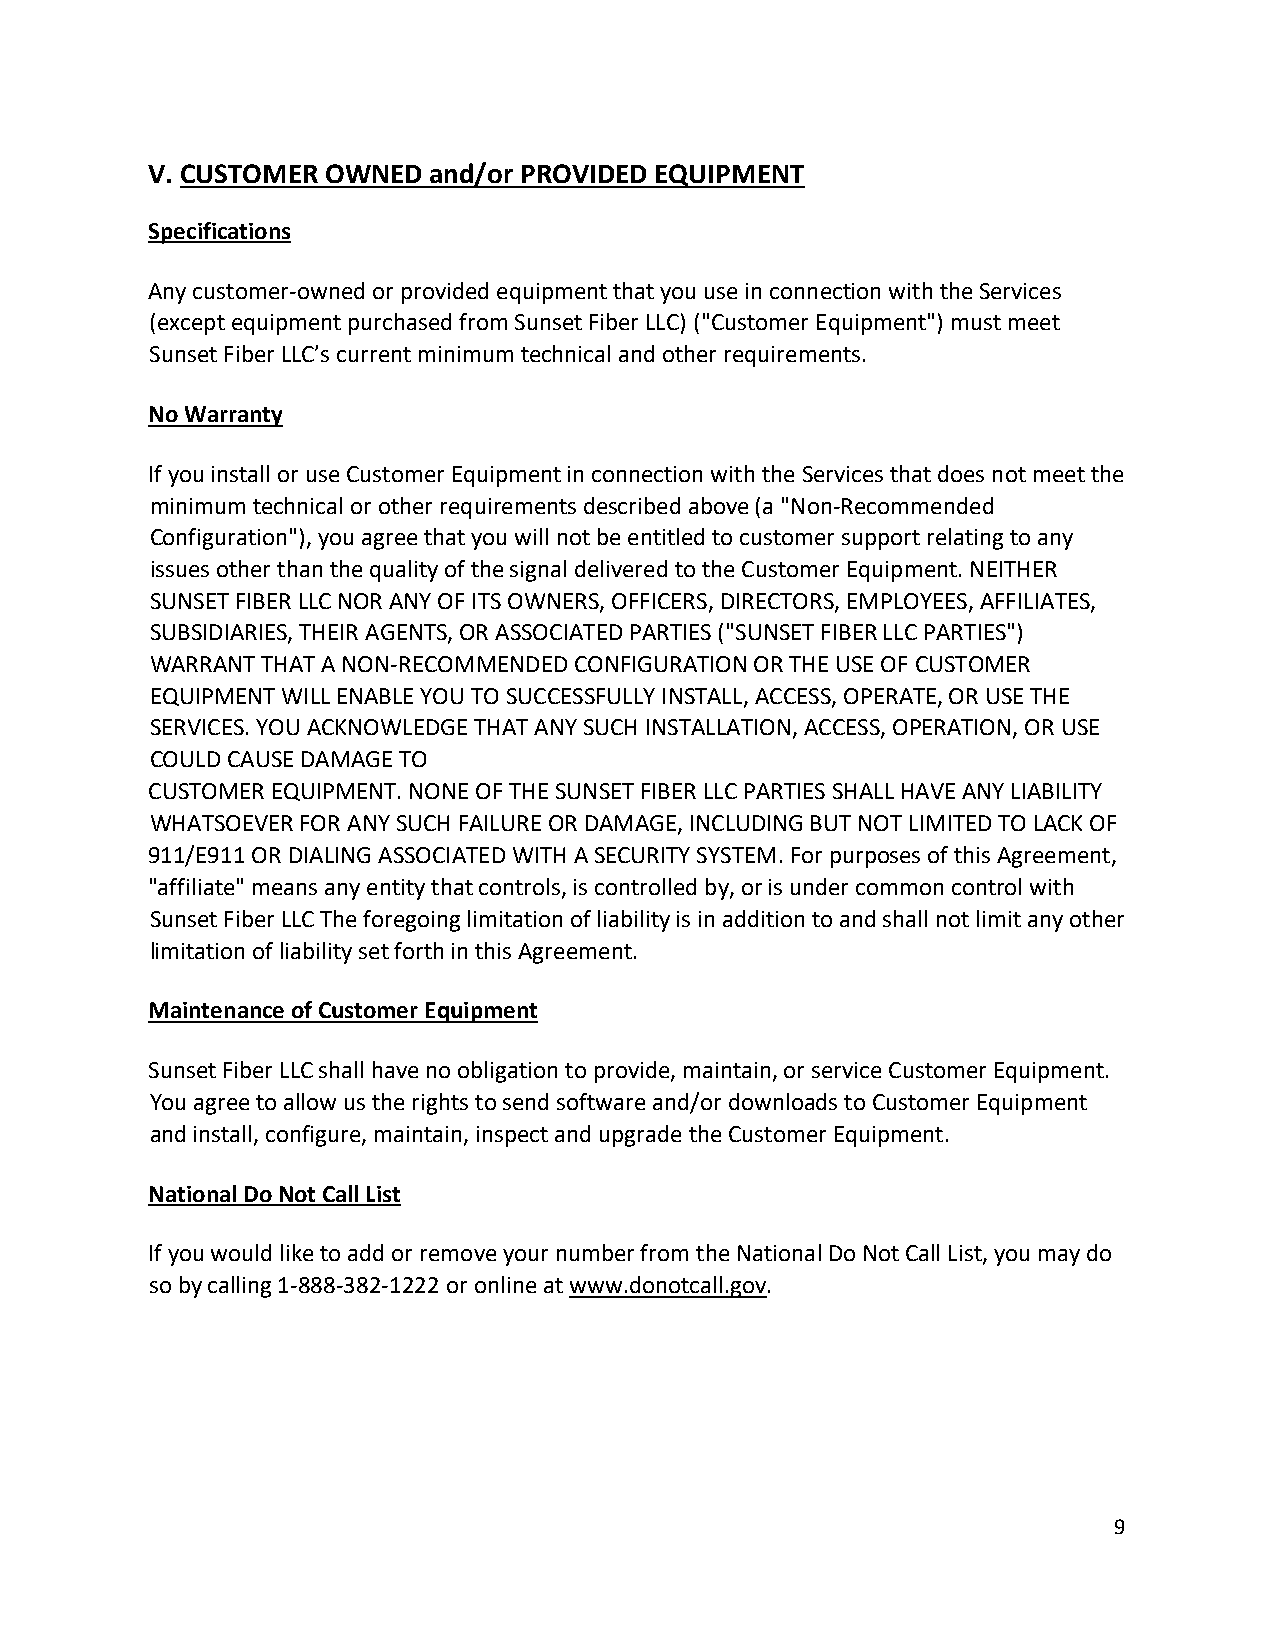
V. CUSTOMER OWNED and/or PROVIDED EQUIPMENT
 Specifications
 Any customer‐owned or provided equipment that you use in connection with the Services
 (except equipment purchased from Sunset Fiber LLC) ("Customer Equipment") must meet
 Sunset Fiber LLC’s current minimum technical and other requirements.
 No Warranty
 If you install or use Customer Equipment in connection with the Services that does not meet the
 minimum technical or other requirements described above (a "Non‐Recommended
 Configuration"), you agree that you will not be entitled to customer support relating to any
 issues other than the quality of the signal delivered to the Customer Equipment. NEITHER
 SUNSET FIBER LLC NOR ANY OF ITS OWNERS, OFFICERS, DIRECTORS, EMPLOYEES, AFFILIATES,
 SUBSIDIARIES, THEIR AGENTS, OR ASSOCIATED PARTIES ("SUNSET FIBER LLC PARTIES")
 WARRANT THAT A NON‐RECOMMENDED CONFIGURATION OR THE USE OF CUSTOMER
 EQUIPMENT WILL ENABLE YOU TO SUCCESSFULLY INSTALL, ACCESS, OPERATE, OR USE THE
 SERVICES. YOU ACKNOWLEDGE THAT ANY SUCH INSTALLATION, ACCESS, OPERATION, OR USE
 COULD CAUSE DAMAGE TO
 CUSTOMER EQUIPMENT. NONE OF THE SUNSET FIBER LLC PARTIES SHALL HAVE ANY LIABILITY
 WHATSOEVER FOR ANY SUCH FAILURE OR DAMAGE, INCLUDING BUT NOT LIMITED TO LACK OF
 911/E911 OR DIALING ASSOCIATED WITH A SECURITY SYSTEM. For purposes of this Agreement,
 "affiliate" means any entity that controls, is controlled by, or is under common control with
 Sunset Fiber LLC The foregoing limitation of liability is in addition to and shall not limit any other
 limitation of liability set forth in this Agreement.
 Maintenance of Customer Equipment
 Sunset Fiber LLC shall have no obligation to provide, maintain, or service Customer Equipment.
 You agree to allow us the rights to send software and/or downloads to Customer Equipment
 and install, configure, maintain, inspect and upgrade the Customer Equipment.
 National Do Not Call List
 If you would like to add or remove your number from the National Do Not Call List, you may do
 so by calling 1‐888‐382‐1222 or online at www.donotcall.gov.
 9